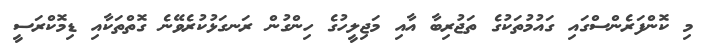
މި ކޮންފަރެންސްގައި ގައުމުތަކުގެ ތަޖުރިބާ އާއި މަޖިލީހުގެ ހިންގުން ރަނގަޅުކުރެވޭނެ ގޮތްތަކާއި ޑިމޮކްރަސީ